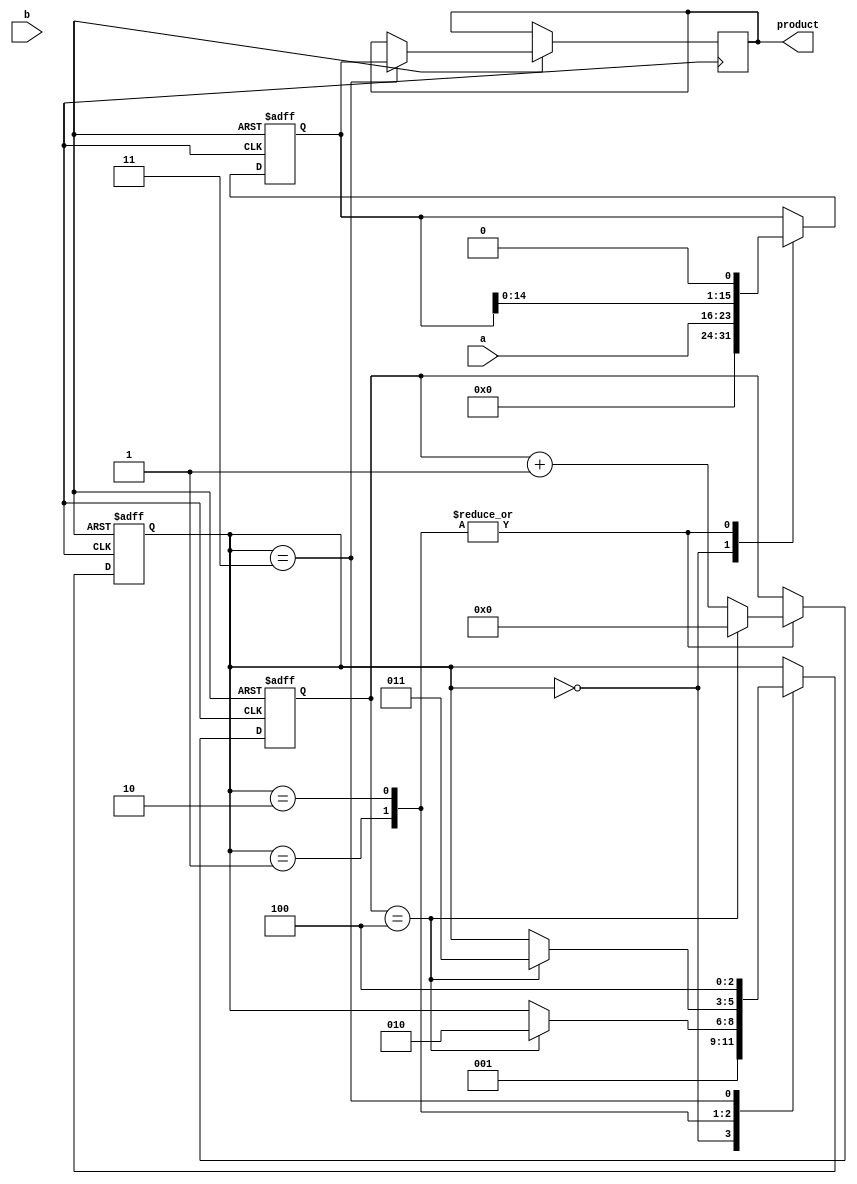
module booth_multiplier (
  input signed [7:0] a,
  input signed [7:0] b,
  output signed [15:0] product
);

  reg signed [15:0] partial_product;
  reg [3:0] counter;
  reg [2:0] state;

  always @ (posedge clk or negedge rst_n) begin
    if (~rst_n) begin
      counter <= 4'b0;
      state <= 3'b0;
      partial_product <= 16'b0;
    end else begin
      case (state)
        3'b000: begin
          partial_product <= {8'b0, a};
          state <= 3'b001;
        end
        3'b001: begin
          if (b[0] == 1 && counter < 4'd0) begin
            partial_product <= partial_product - {8'b0, a};
          end
          partial_product <= partial_product << 1;
          b <= b >> 1;
          counter <= counter + 1;
          if (counter == 4'd4) begin
            state <= 3'b010;
            counter <= 4'b0;
          end
        end
        3'b010: begin
          partial_product <= partial_product << 1;
          b <= b >> 1;
          counter <= counter + 1;
          if (counter == 4'd4) begin
            state <= 3'b011;
            counter <= 4'b0;
          end
        end
        3'b011: begin
          product <= partial_product;
          state <= 3'b100;
        end
      endcase
    end
  end

endmodule